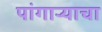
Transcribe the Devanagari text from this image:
पांगाऱ्याचा